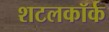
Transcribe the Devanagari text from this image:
शटलकॉर्क